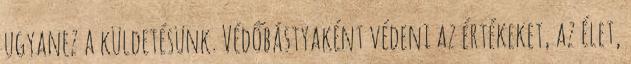
ugyanez a küldetésünk. Védőbástyaként védeni az értékeket, az élet,